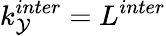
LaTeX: k_{\mathcal{Y}}^{inter}=L^{inter}